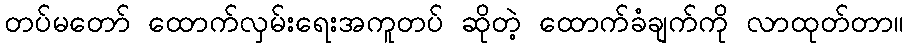
တပ်မတော် ထောက်လှမ်းရေးအကူတပ် ဆိုတဲ့ ထောက်ခံချက်ကို လာထုတ်တာ။